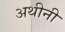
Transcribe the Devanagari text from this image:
अथीनी